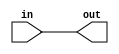
module coreir_andr #(
    parameter width = 1
) (
    input [width-1:0] in,
    output out
);
  assign out = &in;
endmodule

module And4x4 (
    input [3:0] I0,
    input [3:0] I1,
    input [3:0] I2,
    input [3:0] I3,
    output [3:0] O
);
wire andr_inst0_out;
wire andr_inst1_out;
wire andr_inst2_out;
wire andr_inst3_out;
wire [3:0] andr_inst0_in;
assign andr_inst0_in = {I3[0],I2[0],I1[0],I0[0]};
coreir_andr #(
    .width(4)
) andr_inst0 (
    .in(andr_inst0_in),
    .out(andr_inst0_out)
);
wire [3:0] andr_inst1_in;
assign andr_inst1_in = {I3[1],I2[1],I1[1],I0[1]};
coreir_andr #(
    .width(4)
) andr_inst1 (
    .in(andr_inst1_in),
    .out(andr_inst1_out)
);
wire [3:0] andr_inst2_in;
assign andr_inst2_in = {I3[2],I2[2],I1[2],I0[2]};
coreir_andr #(
    .width(4)
) andr_inst2 (
    .in(andr_inst2_in),
    .out(andr_inst2_out)
);
wire [3:0] andr_inst3_in;
assign andr_inst3_in = {I3[3],I2[3],I1[3],I0[3]};
coreir_andr #(
    .width(4)
) andr_inst3 (
    .in(andr_inst3_in),
    .out(andr_inst3_out)
);
assign O = {andr_inst3_out,andr_inst2_out,andr_inst1_out,andr_inst0_out};
endmodule